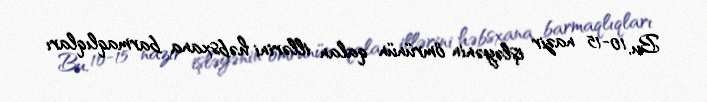
Bu, 10-15 nazir işləyənin ömrünün qalan illərini həbsxana barmaqlıqları